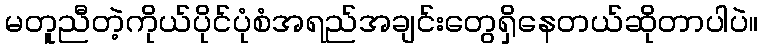
မတူညီတဲ့ကိုယ်ပိုင်ပုံစံအရည်အချင်းတွေရှိနေတယ်ဆိုတာပါပဲ။